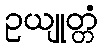
ဥယျုတ္တံ